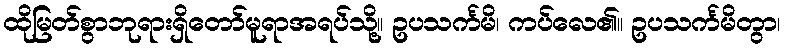
ထိုမြတ်စွာဘုရားရှိတော်မူရာအရပ်သို့။ ဥပသင်္ကမိ၊ ကပ်လေ၏။ ဥပသင်္ကမိတွာ၊